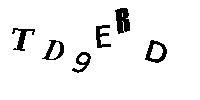
TD9ERD